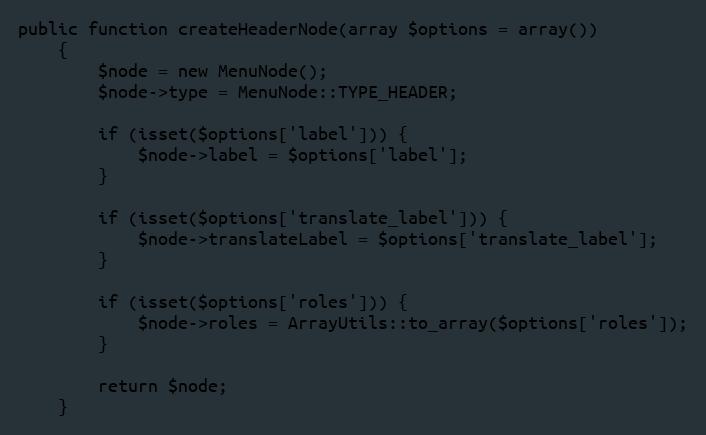
Language: PHP
public function createHeaderNode(array $options = array())
    {
        $node = new MenuNode();
        $node->type = MenuNode::TYPE_HEADER;

        if (isset($options['label'])) {
            $node->label = $options['label'];
        }

        if (isset($options['translate_label'])) {
            $node->translateLabel = $options['translate_label'];
        }

        if (isset($options['roles'])) {
            $node->roles = ArrayUtils::to_array($options['roles']);
        }

        return $node;
    }